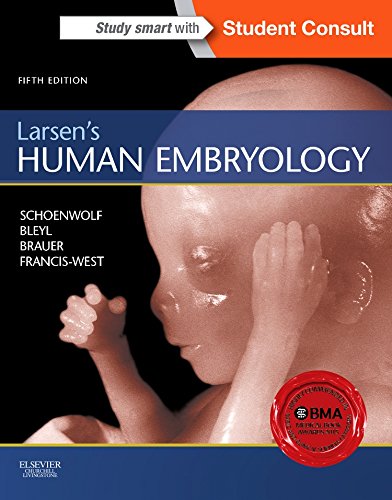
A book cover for Larsen's Human Embryology, 5e (Schoenwolf,Larsen's Human Embryology); Gary C. Schoenwolf PhD; Medical Books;